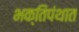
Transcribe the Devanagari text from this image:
भक्तिपंथात